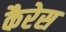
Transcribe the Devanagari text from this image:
कैरेस